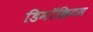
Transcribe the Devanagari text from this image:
डिमॉक्रिटस